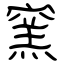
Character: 窯